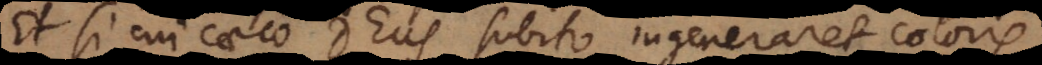
Et si cui caeco Deus subito ingeneraret coloris